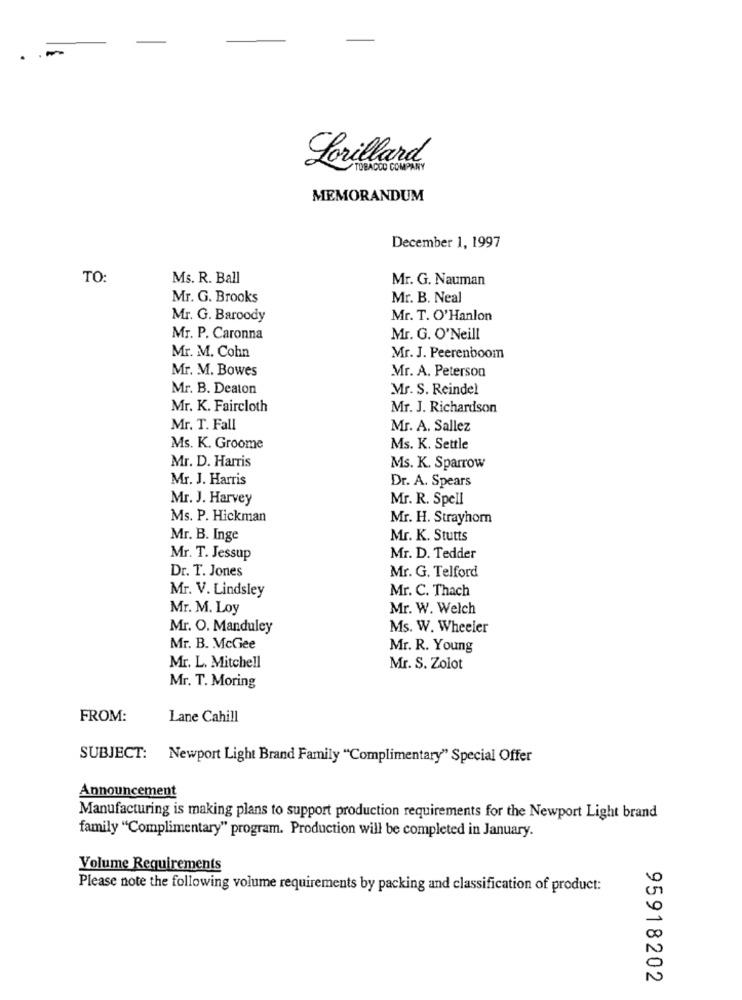
.
Lorillard
TOBACCO COMPANY
MEMORANDUM
December 1, 1997
TO
Ms. R. Ball
Mr. G. Nauman
Mr. G. Brooks
Mr. B. Neal
Mr. G. Baroody
Mr. T. O'Hanlon
Mr. P. Caronna
Mr. G. O'Neill
Mr. M. Cohn
Mr. J. Peerenboom
Mr. M. Bowes
Mr. A. Peterson
Mr. B. Deaton
Mr. S. Reindel
Mr. K. Faircloth
Mr. J. Richardson
Mr. T. Fall
Mr. A. Sallez
Ms. K. Groome
Ms. K. Settle
Mr. D. Harris
Ms. K. Sparrow
Mr. J. Harris
Dr. A. Spears
Mr. J. Harvey
Mr. R. Spell
Ms. P. Hickman
Mr. H. Strayhom
Mr. B. Inge
Mr. K. Stutts
Mr. T. Jessup
Mr. D. Tedder
Dr. T. Jones
Mr. G. Telford
Mr. V. Lindsley
Mr. C. Thach
Mr. M. Loy
Mr. W. Welch
Mr. O. Manduley
Ms. W. Wheeler
Mr. B. McGee
Mr. R. Young
Mr. L. Mitchell
Mr. S. Zolot
Mr. T. Moring
FROM:
Lane Cahill
SUBJECT: Newport Light Brand Family "Complimentary" Special Offer
Announcement
Manufacturing is making plans to support production requirements for the Newport Light brand
family "Complimentary" program. Production will be completed in January.
Volume Requirements
Please note the following volume requirements by packing and classification of product:
95918202